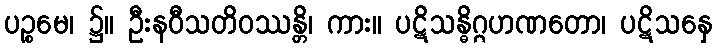
ပဉ္စမေ၊ ၌။ ဦးနဝီသတိဝဿန္တိ၊ ကား။ ပဋိသန္ဓိဂ္ဂဟဏတော၊ ပဋိသနှေ